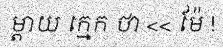
ម្តាយ ក្មេក ថា << ម៉ែ !